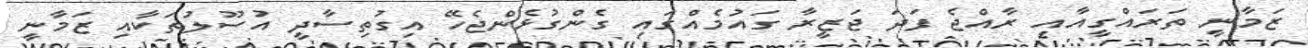
ޒަމާނީ ތަރައްގީއާއި ރާއްޖެ ފަދަ ޖަޒީރާ ގައުމެއްގައި ގެންގުޅެންޖެހޭ އިގުތިސާދީ އުސޫލުތަކާއި ޒަމާނީ